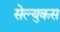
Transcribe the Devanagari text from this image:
सेल्‍युकस